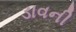
ડાવની